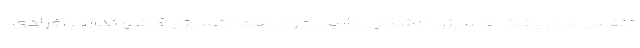
تنفس و دریافت اکسیژن مشکل دارید، خون هم اکسیژن کافی ندارد. افرادی